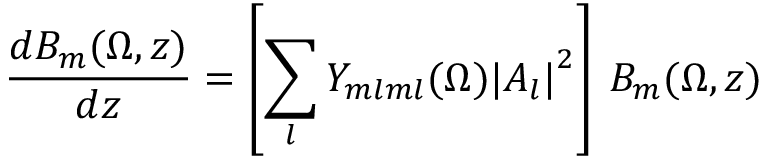
\frac { d B _ { m } ( \Omega , z ) } { d z } = \left[ \sum _ { l } Y _ { m l m l } ( \Omega ) { | A _ { l } | } ^ { 2 } \right] \: B _ { m } ( \Omega , z )